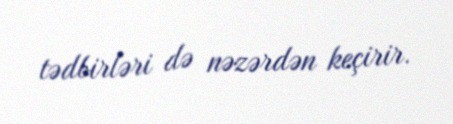
tədbirləri də nəzərdən keçirir.